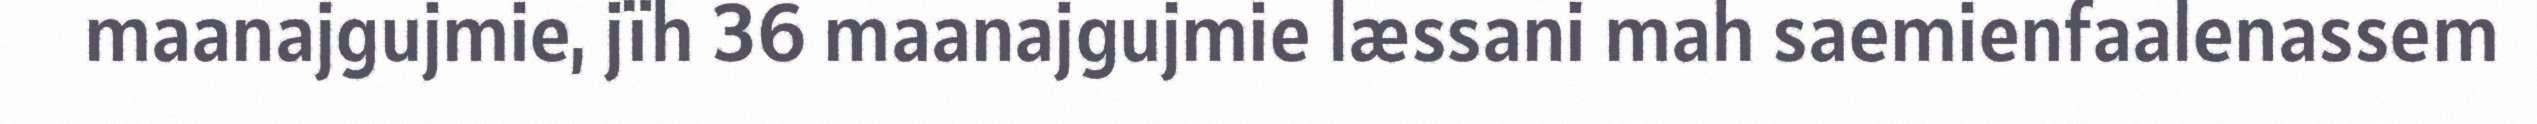
maanajgujmie, jïh 36 maanajgujmie læssani mah saemienfaalenassem